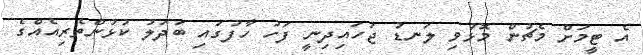
އެ ޓީމަށް މެޗުން މޮޅުވި ލަނޑު ޖަހައިދިނީ ފަހު ހާފުގައި ބަދަލު ކުޅުންތެރިއެއްގެ